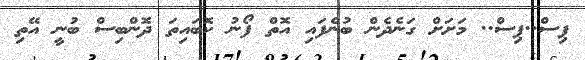
ޕިސް..ޕިސް.. މަށަށް ގަނެދެން ބުނެފައި އޮތް ފޯނު ކޮބައިތަ ދޮންބިސް ބުނީ އޭތި